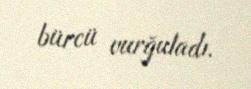
bürcü vurğuladı.